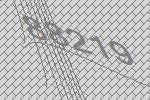
88219